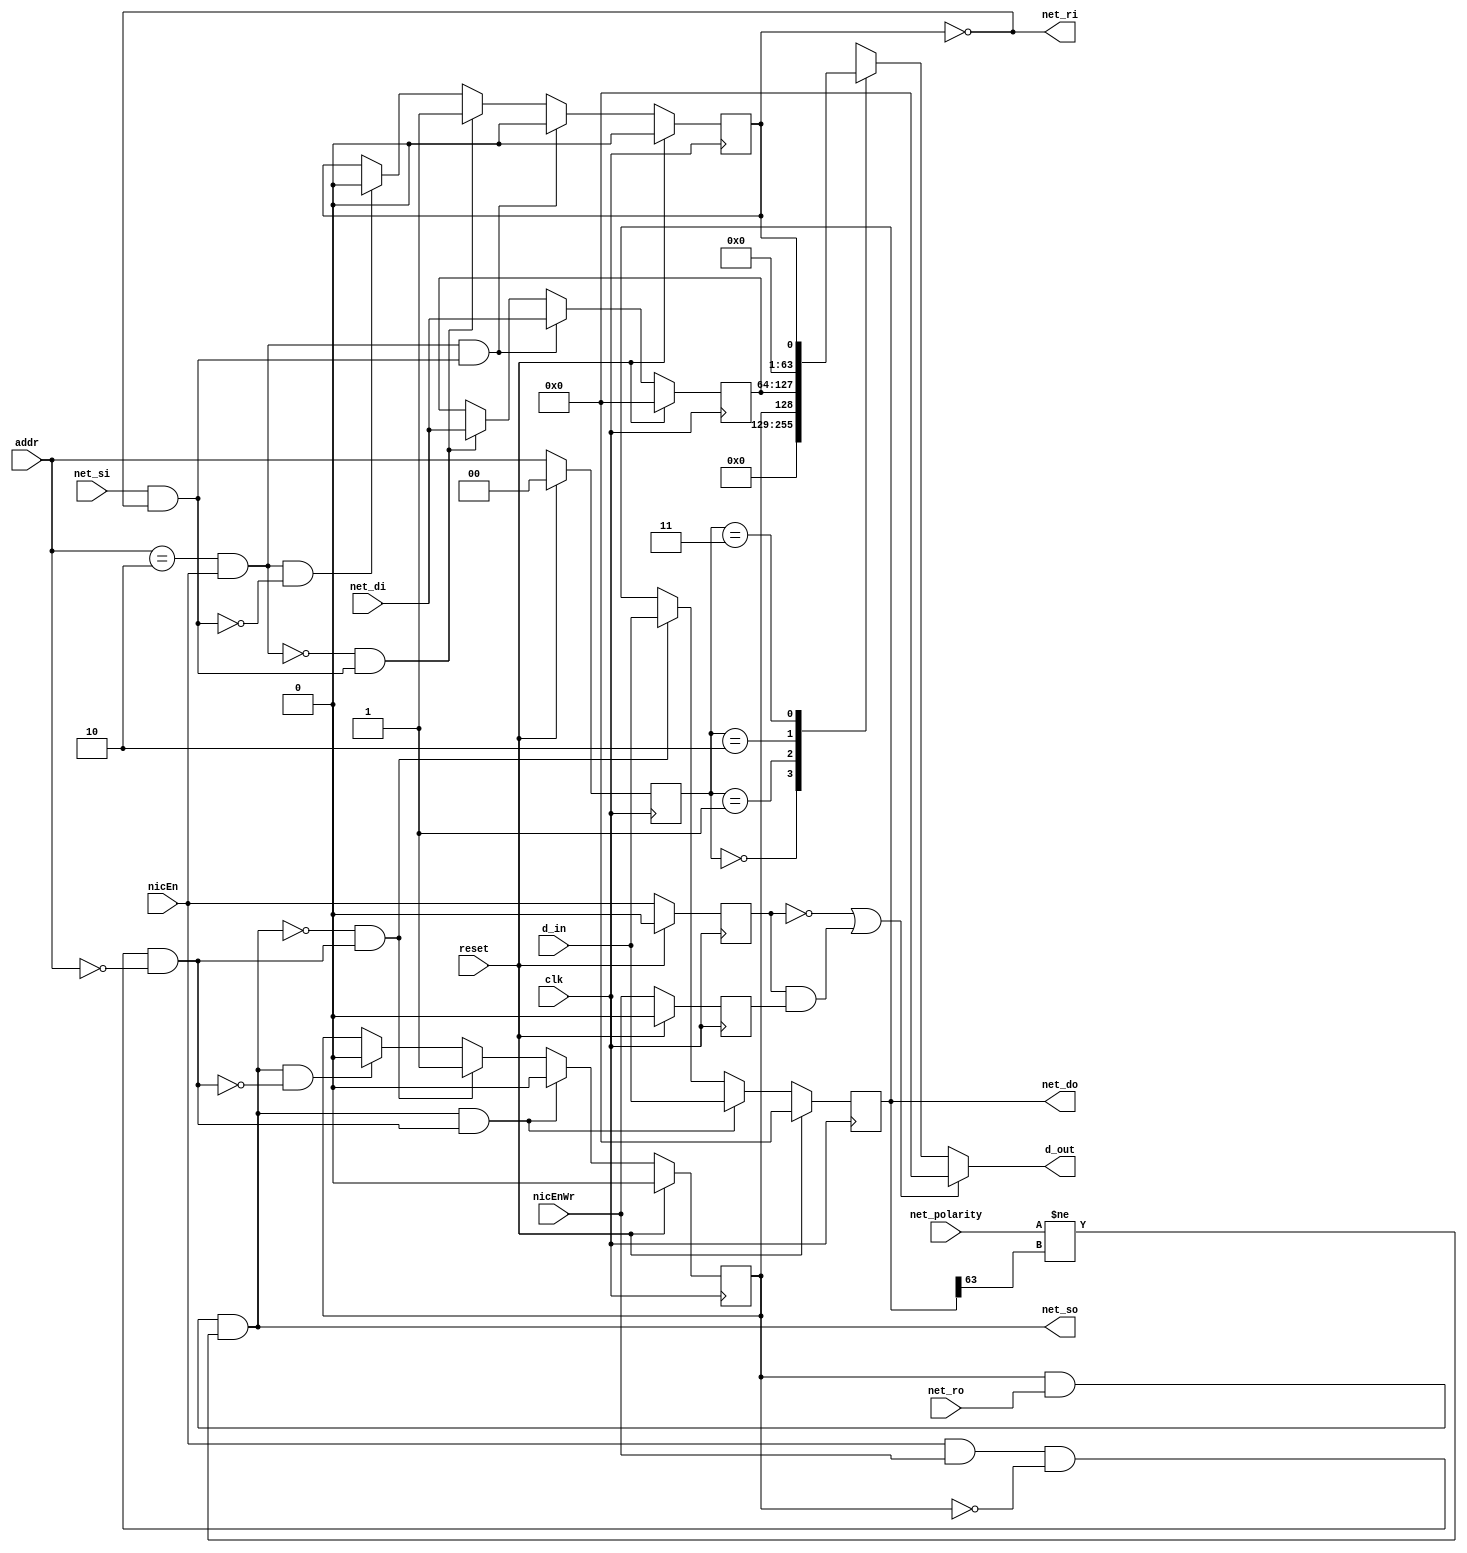
module Gold_nic(clk, reset, addr, d_in, d_out, nicEn, nicEnWr, net_si, net_ri, net_di, net_so, net_ro, net_do, net_polarity);

	input [0:1] addr;
	input [0:63] d_in;
	output reg [0:63] d_out;
	input nicEn;
	input nicEnWr;
	input net_si;
	output reg net_ri;
	input [0:63] net_di;
	output reg net_so;
	input net_ro;
	output reg [0:63] net_do;
	input net_polarity;
	input clk;
	input reset;
	
	reg [0:1] r_addr;
	reg r_nicEn, r_nicEnWr;
	reg [0:63] input_buffer;
	
	// Status reg is high when buffer is full
	reg output_status_reg, input_status_reg;
	
	reg input_buffer_RdEn, input_buffer_WrEn;
	reg output_buffer_RdEn, output_buffer_WrEn;
	
	reg packet_polarity;
	localparam addr_output_buffer = 2'b00;
	localparam addr_input_buffer = 2'b10;
	
	always @(posedge clk) begin
		if(reset) begin
			net_do <= 0;
			input_buffer <= 0;
			output_status_reg <= 0;
			input_status_reg <= 0;
			
			r_addr <= 0;
			r_nicEn <= 0;
			r_nicEnWr <= 0;
		end else begin
			r_addr <= addr;
			r_nicEn <= nicEn;
			r_nicEnWr <= nicEnWr;
		
			/// Output Channel Logic: ///
			// Reading and writing to output buffer simultaneously -> output_status_reg can stay 0
			if( output_buffer_RdEn && output_buffer_WrEn ) begin
				net_do <= d_in;
				output_status_reg <= 0;
			end
			
			// Not reading but writing -> output_status_reg = 1 (full)
			else if( !output_buffer_RdEn && output_buffer_WrEn ) begin
				net_do <= d_in;
				output_status_reg <= 1;
			end
			
			// Reading but not writing -> output_status_reg = 0 (empty)
			else if( output_buffer_RdEn && !output_buffer_WrEn ) begin
				output_status_reg <= 0;
			end
			
			// Not reading or writing -> no change

			/// End Output Channel Logic ///
			
			
			/// Input Channel Logic: ///
			// Reading and writing to input buffer simultaneously -> input_status_reg can stay 0
			if( input_buffer_RdEn && input_buffer_WrEn ) begin
				input_buffer <= net_di;
				input_status_reg <= 0;
			end
			
			// Not reading but writing -> input_status_reg = 1 (full)
			else if( !input_buffer_RdEn && input_buffer_WrEn ) begin
				input_buffer <= net_di;
				input_status_reg <= 1;
			end
			
			// Reading but not writing -> input_status_reg = 0 (empty)
			else if( input_buffer_RdEn && !input_buffer_WrEn ) begin
				input_status_reg <= 0;
			end
			
			// Not reading or writing -> no change
			
			/// End Input Channel Logic ///		
		end
	end
	
	always @(*) begin
		if( (r_nicEn == 1'b0) | ( (r_nicEn == 1'b1) && (r_nicEnWr == 1'b1) ) ) begin
			d_out = 64'd0;
		end else begin
			case(r_addr)
				2'b00: d_out = 64'd0;
				2'b01: d_out = {63'd0, output_status_reg};
				2'b10: d_out = input_buffer;
				2'b11: d_out = {63'd0, input_status_reg};
			endcase
		end
		
		// ready when buffer is not full
		net_ri = (input_status_reg == 1'b0);
		packet_polarity = net_do[0];
		
		// Send from nic to ring when buffer full, net ready, and opposite polarity external to router
		net_so = (output_status_reg == 1'b1) & net_ro & (net_polarity != packet_polarity);
		
		input_buffer_RdEn = (addr == addr_input_buffer) && nicEn;
		input_buffer_WrEn = net_si && (input_status_reg == 1'b0);
		output_buffer_RdEn = net_so;
		output_buffer_WrEn = nicEn && nicEnWr && (output_status_reg == 1'b0) && (addr == addr_output_buffer);
	end		
endmodule